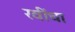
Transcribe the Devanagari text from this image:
रवींचा